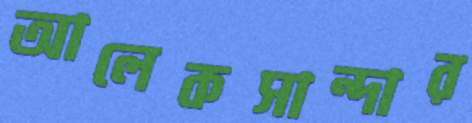
আলেকসান্দার